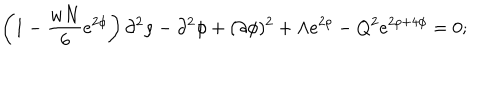
LaTeX: \left( 1 - \frac { w N } { 6 } e ^ { 2 \phi } \right) \partial ^ { 2 } \rho - \partial ^ { 2 } \phi + ( \partial \phi ) ^ { 2 } + \Lambda e ^ { 2 \rho } - Q ^ { 2 } e ^ { 2 \rho + 4 \phi } = 0 ;